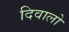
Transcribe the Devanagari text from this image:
दिवालो